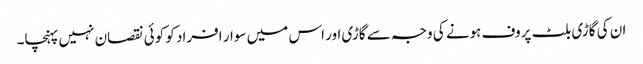
ان کی گاڑی بلٹ پروف ہونے کی وجہ سے گاڑی اور اس میں سوار افراد کو کوئی نقصان نہیں پہنچا۔